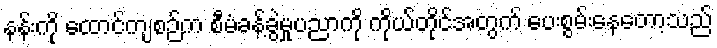
နန်းကို ထောင်ကျစဉ်က စီမံခန့်ခွဲမှုပညာကို ကိုယ်တိုင်အတွက် ပေးစွမ်းနေတော့သည်